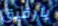
يارفيق